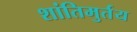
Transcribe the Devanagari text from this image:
शांतिमुर्तय